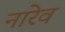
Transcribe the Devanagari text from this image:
नारेव